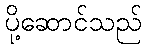
ပို့ဆောင်သည်